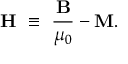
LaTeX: \mathbf { H } \ \equiv \ { \frac { \mathbf { B } } { \mu _ { 0 } } } - \mathbf { M } .